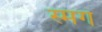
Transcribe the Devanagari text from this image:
स्मग